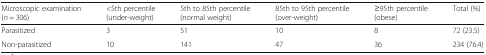
<table><thead><tr><td><b>Microscopic examination (<i>n</i> = 306)</b></td><td><b>&lt;5th percentile (under-weight)</b></td><td><b>5th to 85th percentile (normal weight)</b></td><td><b>85th to 95th percentile (over-weight)</b></td><td><b>≥95th percentile (obese)</b></td><td><b>Total (%)</b></td></tr></thead><tbody><tr><td>Parasitized</td><td>3</td><td>51</td><td>10</td><td>8</td><td>72 (23.5)</td></tr><tr><td>Non-parasitized</td><td>10</td><td>141</td><td>47</td><td>36</td><td>234 (76.4)</td></tr></tbody></table>